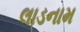
લાડનામ